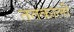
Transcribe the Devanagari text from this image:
ततकाली